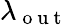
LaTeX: \lambda_{\mathrm{~o~u~t~}}